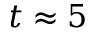
t \approx 5